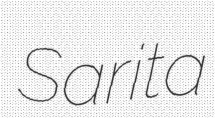
Sarita